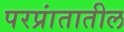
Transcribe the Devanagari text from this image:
परप्रांतातील